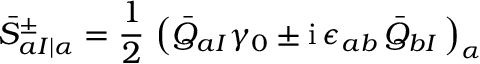
{ \bar { S } } _ { a I \vert \alpha } ^ { \pm } = \frac { 1 } { 2 } \, \left( { \bar { Q } } _ { a I } \gamma _ { 0 } \pm \mathrm { i } \, \epsilon _ { a b } \, { \bar { Q } } _ { b I } \, \right) _ { \alpha }